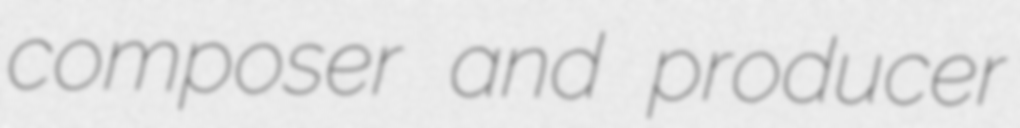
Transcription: composer and producer